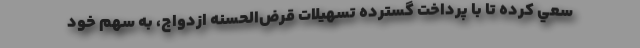
سعي كرده تا با پرداخت گسترده تسهيلات قرض‌الحسنه ازدواج، به سهم خود